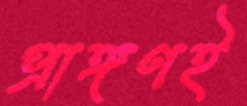
প্রাঙ্গণই